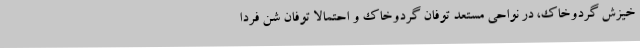
خیزش گردوخاک، در نواحی مستعد توفان گردوخاک و احتمالا توفان شن فردا